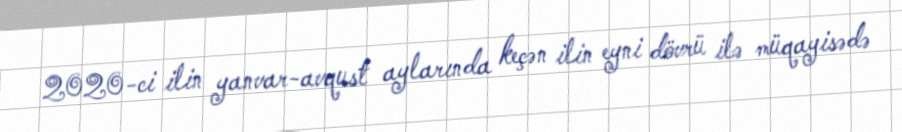
2020-ci ilin yanvar-avqust aylarında keçən ilin eyni dövrü ilə müqayisədə